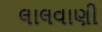
લાલવાણી